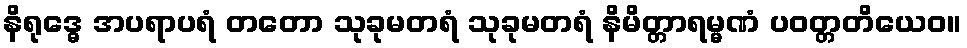
နိရုဒ္ဓေ အပရာပရံ တတော သုခုမတရံ သုခုမတရံ နိမိတ္တာရမ္မဏံ ပဝတ္တတိယေဝ။